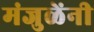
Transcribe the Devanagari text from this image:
मंजुळेंनी